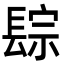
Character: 𨲇